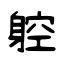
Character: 躻